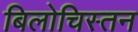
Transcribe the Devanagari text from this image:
बिलोचिस्तन